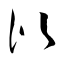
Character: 似